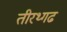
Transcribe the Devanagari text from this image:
तीरथ्गढ